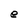
Character: e